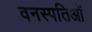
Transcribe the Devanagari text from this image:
वनस्पतिओं